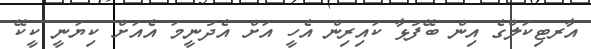
އާރޓިކަލްގެ އިން ބޭފުޅާ ކައިރިން އެހީ އަށް އެދުނީމަ އެއަށް ކިޔަނީ ކީކޭ